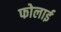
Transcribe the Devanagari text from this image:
फोलाई